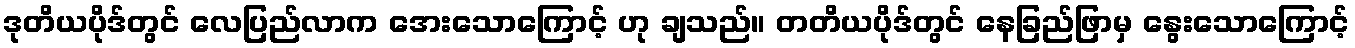
ဒုတိယပိုဒ်တွင် လေပြည်လာက အေးသောကြောင့် ဟု ချသည်။ တတိယပိုဒ်တွင် နေခြည်ဖြာမှ နွေးသောကြောင့်